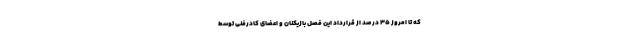
که تا امروز ۳۵ درصد از قرارداد این فصل بازیکنان و اعضای کادرفنی توسط